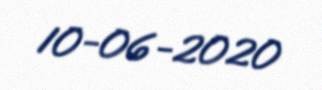
10-06-2020